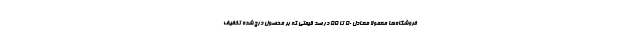
فروشگاه‌ها معمولا معادل ۵۰ تا ۵۵ درصد قیمتی که بر محصول درج شده تخفیف